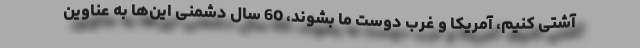
آشتی کنیم، آمریکا و غرب دوست ما بشوند، 60 سال دشمنی این‌ها به عناوین